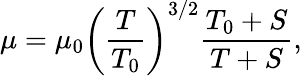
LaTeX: \mu=\mu_{0}\left({\frac{T}{T_{0}}}\right)^{3/2}{\frac{T_{0}+S}{T+S}},